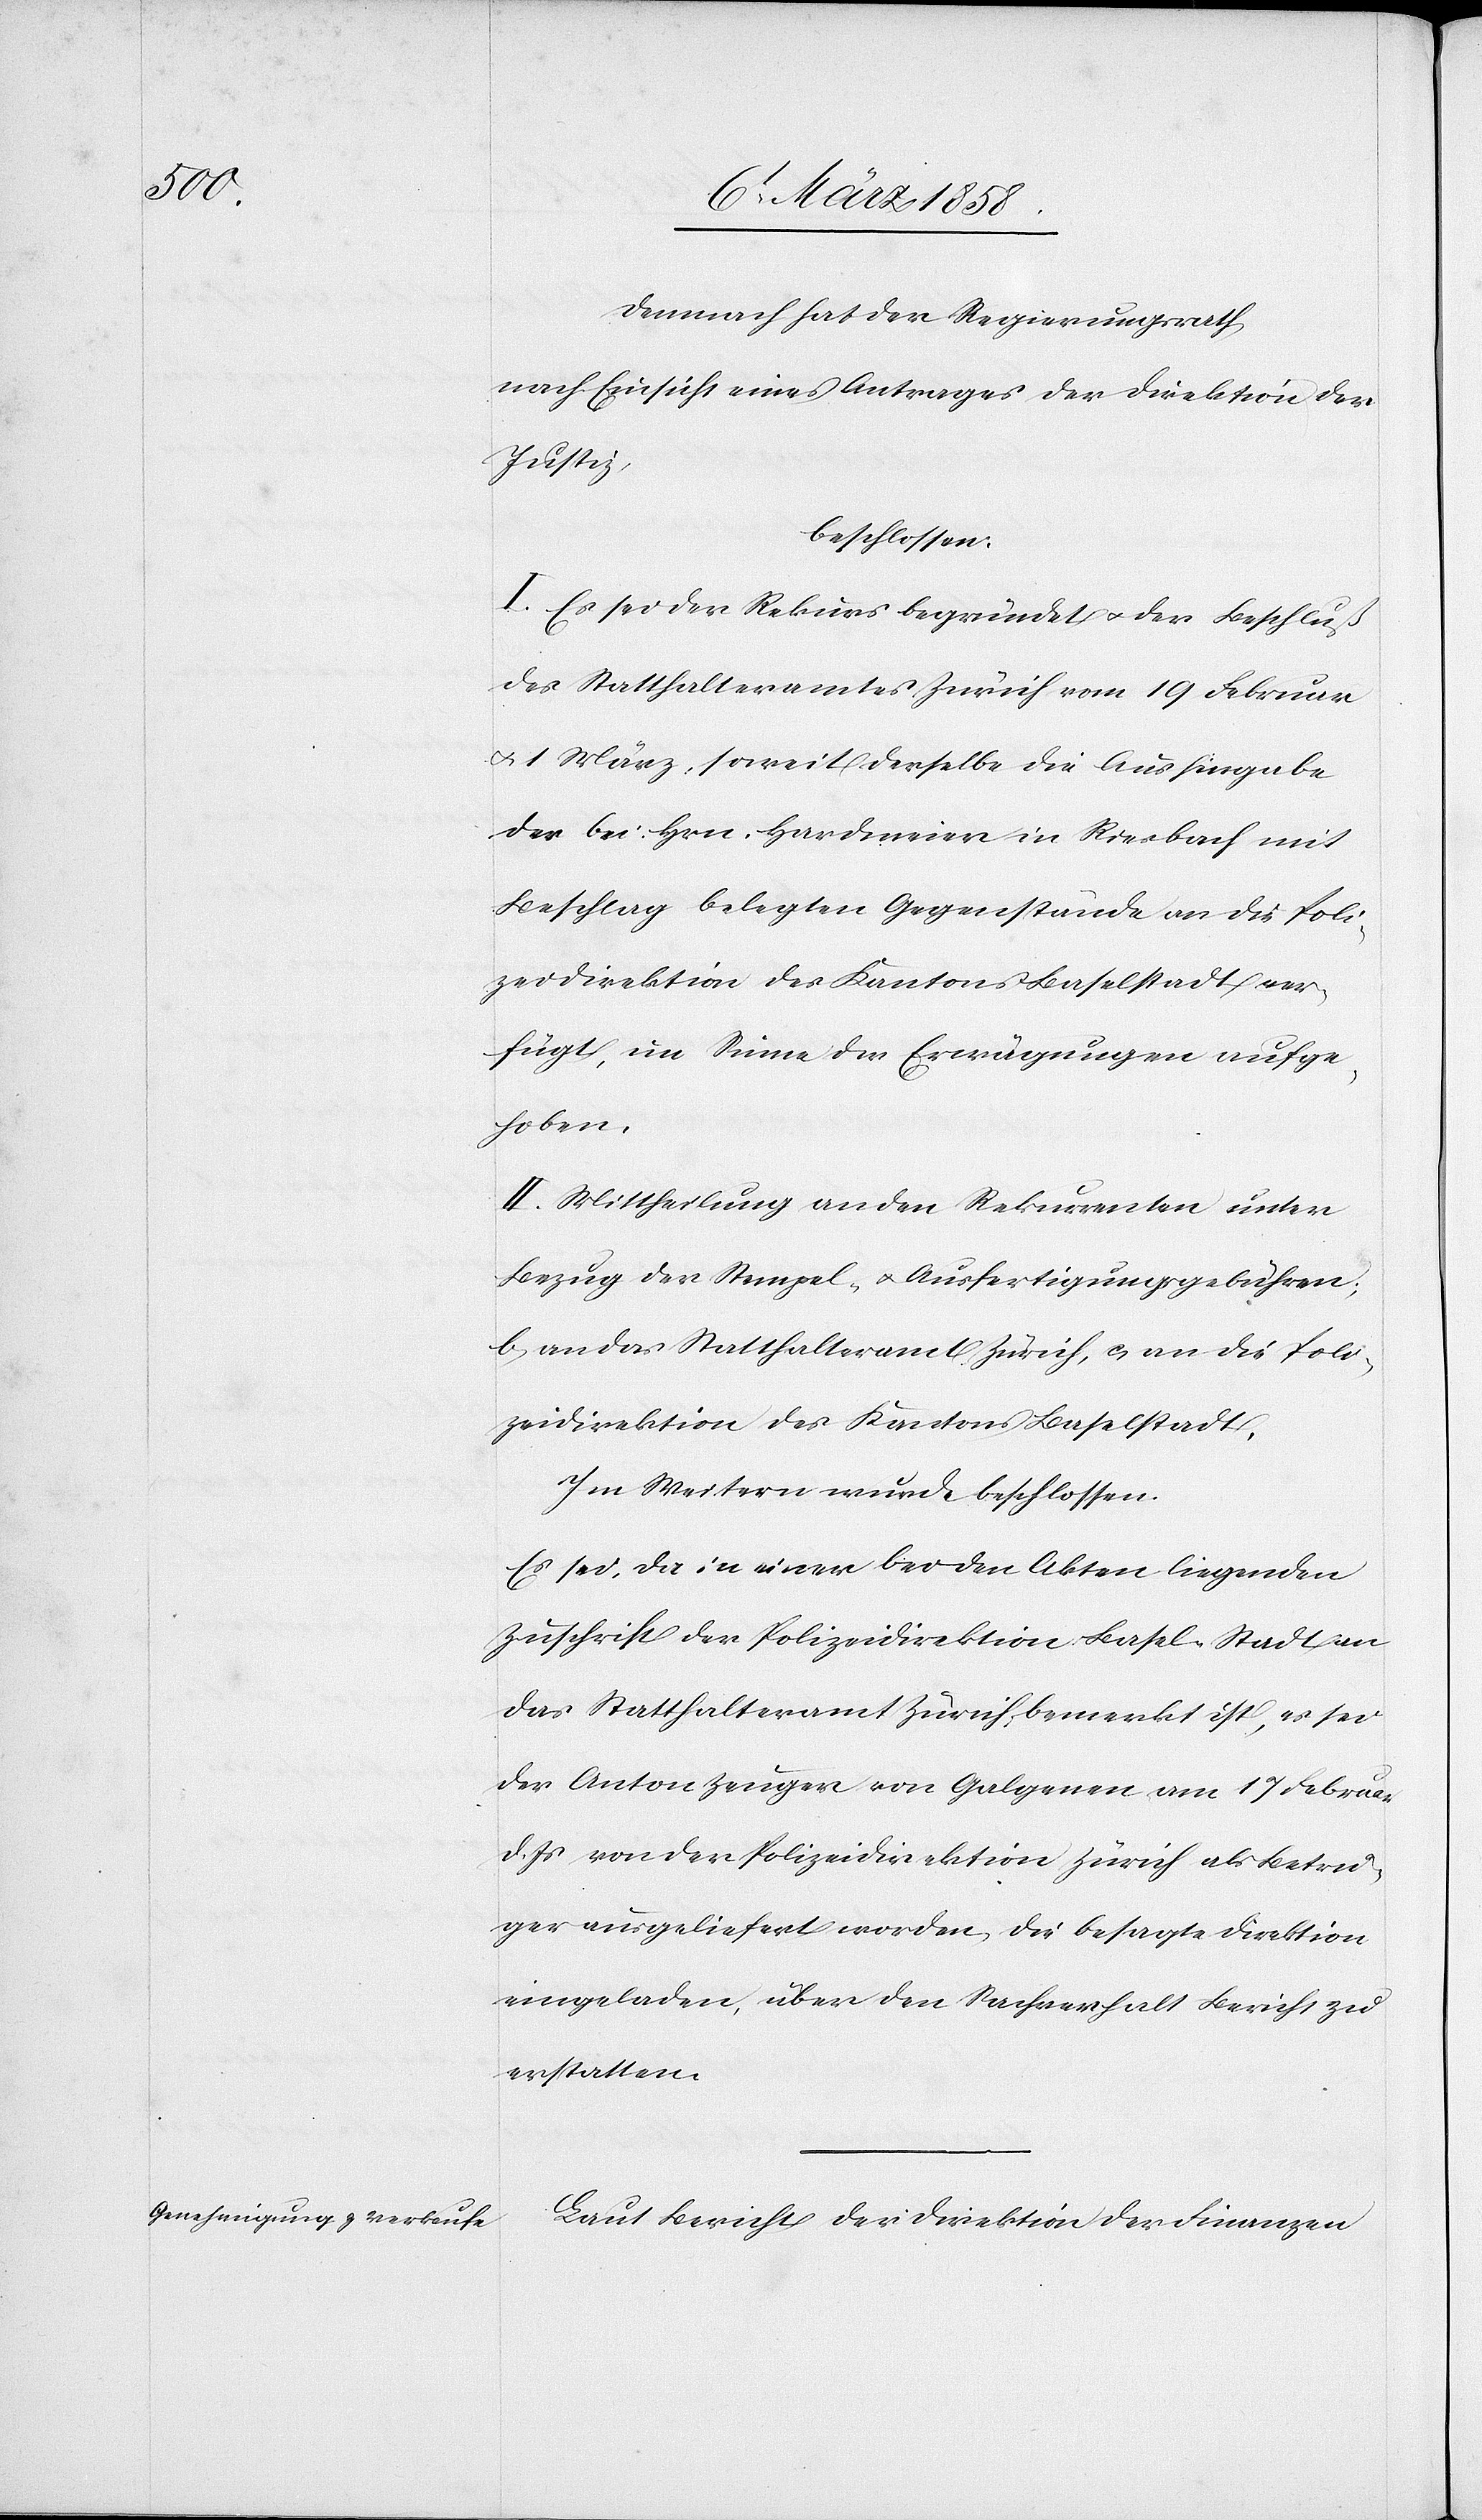
Demnach hat der Regierungsrath
nach Einsicht eines Antrages der Direktion der
Justiz,
beschlossen:
I. Es sei der Rekurs begründet u. der Beschluß
des Statthalteramtes Zürich vom 19 Februar
u. 1 März, soweit derselbe die Aushingabe
der bei Hrn. Hardmeier in Riesbach mit
Beschlag belegten Gegenstände an die Poli¬
zeidirektion des Kantons Baselstadt ver¬
fügt, im Sinne der Erwägungen aufge¬
hoben.
II. Mittheilung an den Rekurrenten unter
Bezug der Stempel- u. Ausfertigungsgebühren;
b. an das Statthalteramt Zürich, c. an die Poli¬
zeidirektion des Kantons Baselstadt.
Im Weitern wurde beschlossen:
Es sei, da in einer bei den Akten liegenden
Zuschrift der Polizeidirektion Basel-Stadt an
das Statthalteramt Zürich, bemerkt ist, es sei
der Anton Zeuger von Galgenen am 17 Februar
d. Js von der Polizeidirektion Zürich als Betrü¬
ger ausgeliefert worden, die besagte Direktion
eingeladen, über den Sachverhalt Bericht zu
erstatten.
Laut Bericht der Direktion der Finanzen